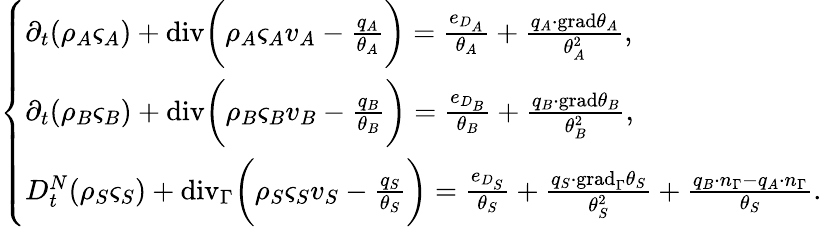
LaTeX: \left\{ \begin{array}{ll}{\partial_{t}(\rho_{A}\varsigma_{A})+\mathrm{{div}}\bigg(\rho_{A}\varsigma_{A}v_{A}-\frac{q_{A}}{\theta_{A}}\bigg)=\frac{e_{D_{A}}}{\theta_{A}}+\frac{q_{A}\cdot{\mathrm{grad}}\theta_{A}}{\theta_{A}^{2}},}\\ {\partial_{t}(\rho_{B}\varsigma_{B})+\mathrm{{div}}\bigg(\rho_{B}\varsigma_{B}v_{B}-\frac{q_{B}}{\theta_{B}}\bigg)=\frac{e_{D_{B}}}{\theta_{B}}+\frac{q_{B}\cdot{\mathrm{grad}}\theta_{B}}{\theta_{B}^{2}},}\\ {D_{t}^{N}(\rho_{S}\varsigma_{S})+\mathrm{{div}}_{\Gamma}\bigg(\rho_{S}\varsigma_{S}v_{S}-\frac{q_{S}}{\theta_{S}}\bigg)=\frac{e_{D_{S}}}{\theta_{S}}+\frac{q_{S}\cdot{\mathrm{grad}}_{\Gamma}\theta_{S}}{\theta_{S}^{2}}+\frac{q_{B}\cdot n_{\Gamma}-q_{A}\cdot n_{\Gamma}}{\theta_{S}}.}\end{array}\right.